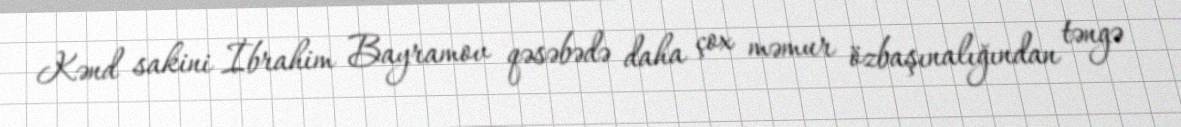
Kənd sakini İbrahim Bayramov qəsəbədə daha çox məmur özbaşınalığından təngə